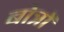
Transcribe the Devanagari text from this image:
बोत्रों